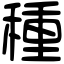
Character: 種